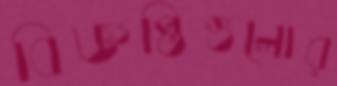
বিজ্ঞপ্তিগুলোর